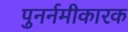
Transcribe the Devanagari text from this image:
पुनर्नमीकारक